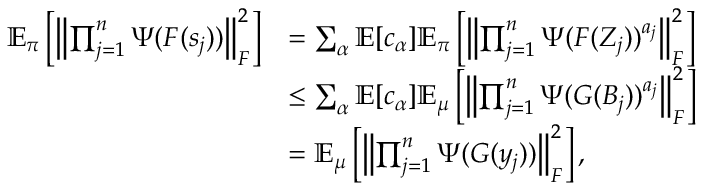
\begin{array} { r l } { \mathbb { E } _ { \boldsymbol \pi } \left[ \left\lVert \prod _ { j = 1 } ^ { n } \Psi ( F ( s _ { j } ) ) \right\rVert _ { F } ^ { 2 } \right] } & { = \sum _ { \alpha } \mathbb { E } [ c _ { \alpha } ] \mathbb { E } _ { \boldsymbol \pi } \left[ \left\lVert \prod _ { j = 1 } ^ { n } \Psi ( F ( Z _ { j } ) ) ^ { a _ { j } } \right\rVert _ { F } ^ { 2 } \right] } \\ & { \leq \sum _ { \alpha } \mathbb { E } [ c _ { \alpha } ] \mathbb { E } _ { \boldsymbol \mu } \left[ \left\lVert \prod _ { j = 1 } ^ { n } \Psi ( G ( B _ { j } ) ) ^ { a _ { j } } \right\rVert _ { F } ^ { 2 } \right] } \\ & { = \mathbb { E } _ { \boldsymbol \mu } \left[ \left\lVert \prod _ { j = 1 } ^ { n } \Psi ( G ( y _ { j } ) ) \right\rVert _ { F } ^ { 2 } \right] , } \end{array}